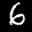
Label: 6